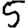
Digit: 5